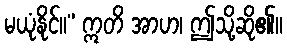
မယုံနိုင်။” ဣတိ အာဟ၊ ဤသို့ဆို၏။